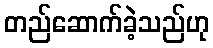
တည်ဆောက်ခဲ့သည်ဟု